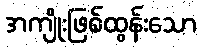
အကျိုးဖြစ်ထွန်းသော